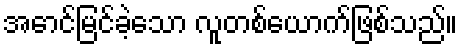
အောင်မြင်ခဲ့သော လူတစ်ယောက်ဖြစ်သည်။